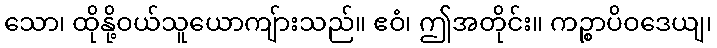
သော၊ ထိုနို့ဝယ်သူယောကျ်ားသည်။ ဧဝံ၊ ဤအတိုင်း။ ကဉ္စာပိဝဒေယျ၊